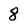
Character: 8